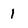
Character: 1